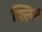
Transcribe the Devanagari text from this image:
फ्लिम